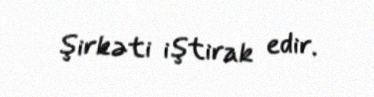
şirkəti iştirak edir.